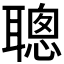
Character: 聰